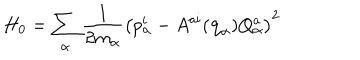
LaTeX: H _ { 0 } = \sum _ { \alpha } { \frac { 1 } { 2 m _ { \alpha } } } \left( p _ { \alpha } ^ { i } - A ^ { a i } ( { \bf q } _ { \alpha } ) Q _ { \alpha } ^ { a } \right) ^ { 2 }